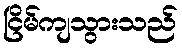
ငြိမ်ကျသွားသည်